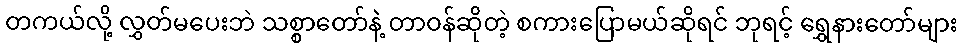
တကယ်လို့ လွှတ်မပေးဘဲ သစ္စာတော်နဲ့ တာဝန်ဆိုတဲ့ စကားပြောမယ်ဆိုရင် ဘုရင့် ရွှေနားတော်များ